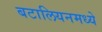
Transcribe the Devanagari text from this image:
बटालियनमध्ये